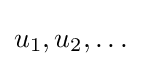
u_{1},u_{2},\dots